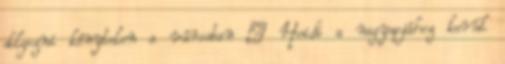
dolgozni kénytelen a városban – Heidi a nagyapjához kerül